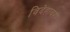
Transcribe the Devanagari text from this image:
विदेहावर